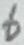
Text: 6